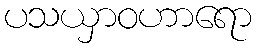
ပသယှာဝဟာရော